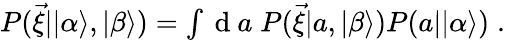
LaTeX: \begin{array}{r}{P(\vec{\xi}||\alpha\rangle,|\beta\rangle)=\int\mathrm{~d~}a\; P(\vec{\xi}|a,|\beta\rangle)P(a||\alpha\rangle)\; .}\end{array}